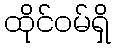
ထိုင်ဝမ်ရှိ